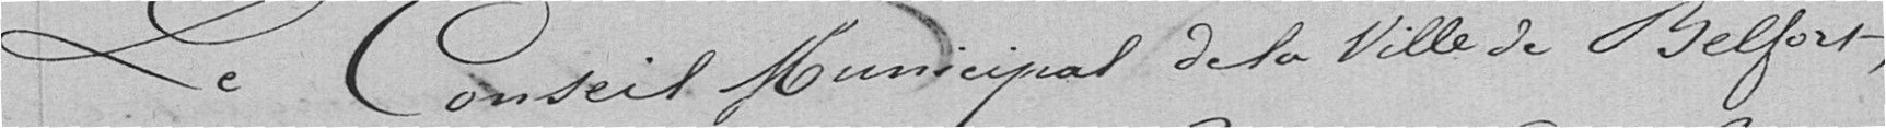
Le conseil municipal de la ville de Belfort,